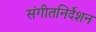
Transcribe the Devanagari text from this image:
संगीतनिर्देशन